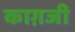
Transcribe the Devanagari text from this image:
काग़जी